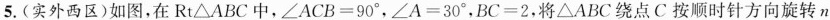
5.(实外西区)如图，在Rt\triangle ABC中，$$\angle ACB=90^{\circ}$$，$$\angle A=30^{\circ}$$，$$BC=2$$，将\triangle ABC绕点C按顺时针方向旋转n